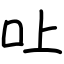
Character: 𠮵